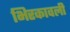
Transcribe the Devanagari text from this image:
भिरकावली